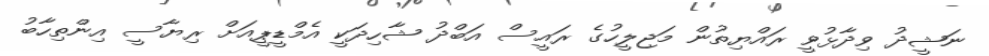
ނަޝީދު ވިދާޅުވީ ރައްޔިތުން މަޖިލީހުގެ ރައީސް އަބްދު ޝާހިދަކީ އެމްޑީޕީއަށް ރިޔާސީ އިންތިހާބު